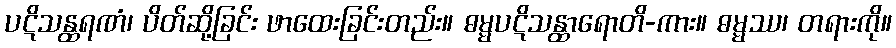
ပဋိသန္ထရဏံ၊ ပိတ်ဆို့ခြင်း ဖာထေးခြင်းတည်း။ ဓမ္မပဋိသန္ထာရောတိ-ကား။ ဓမ္မဿ၊ တရားကို။